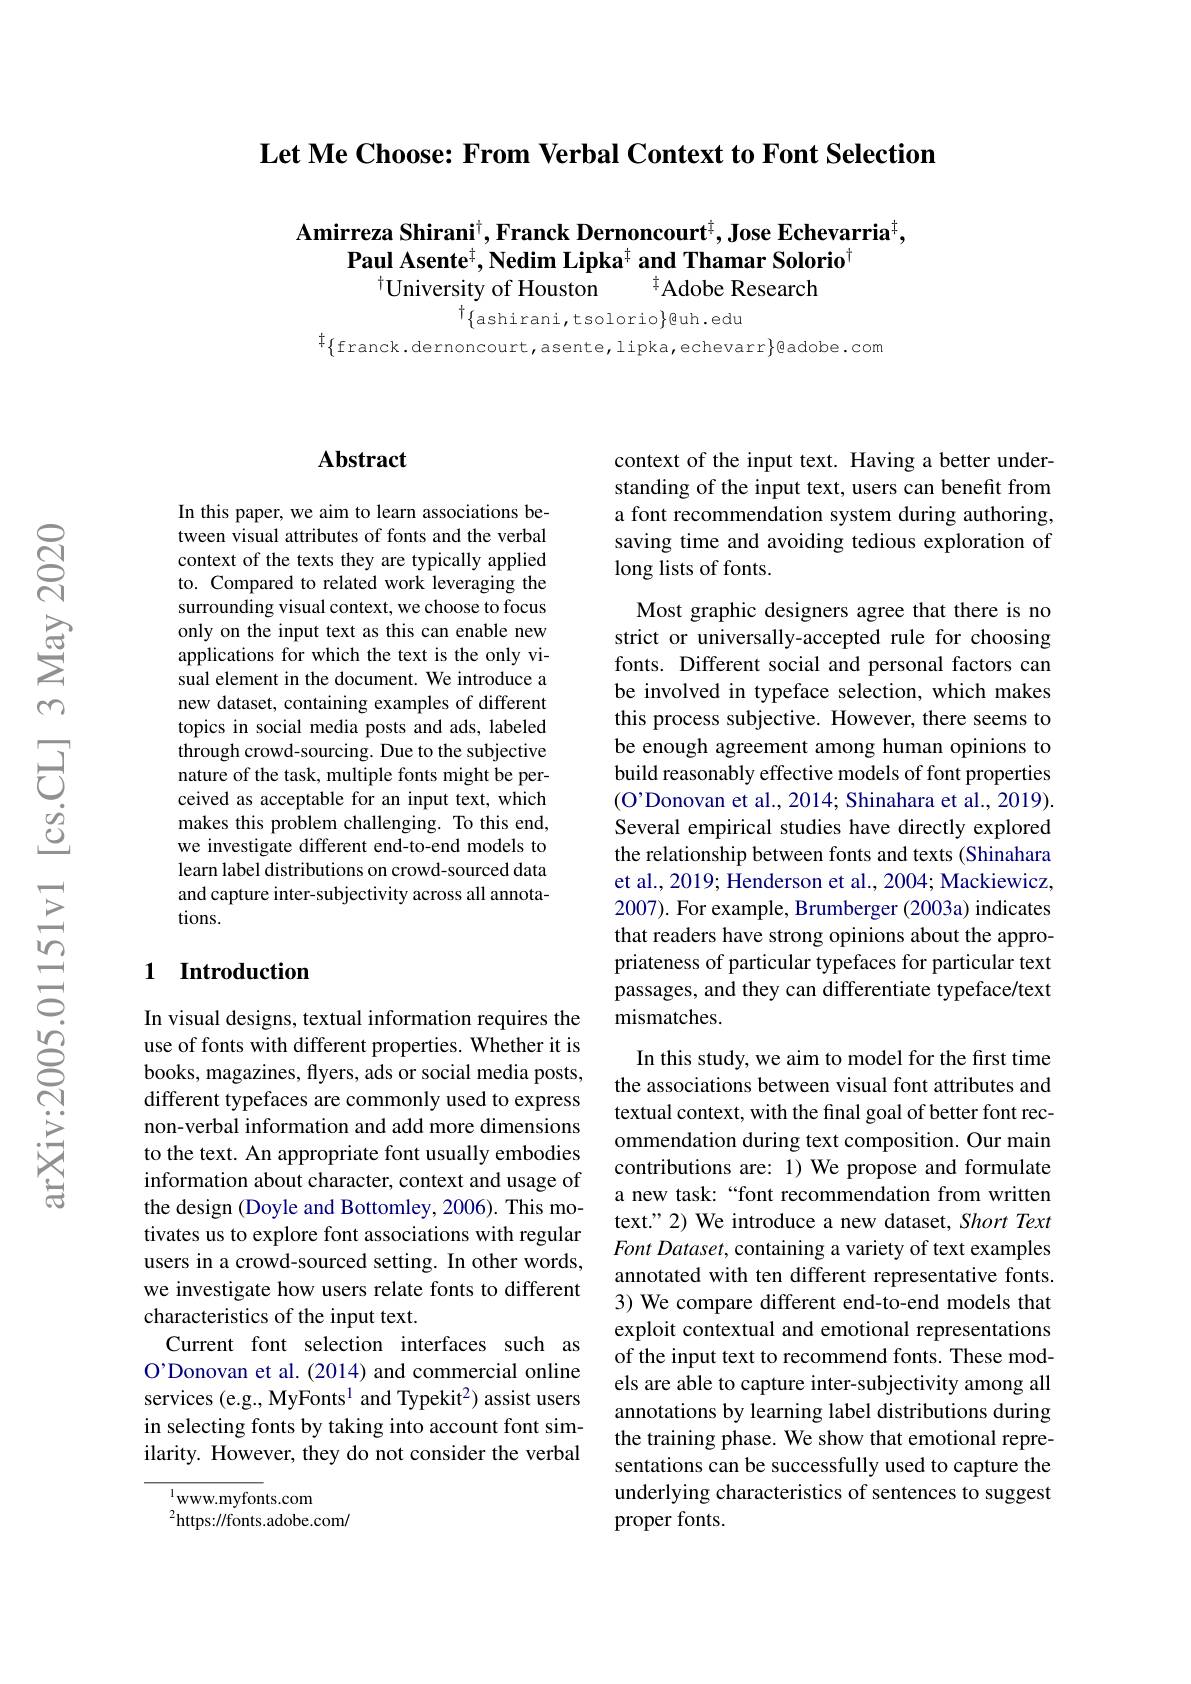
$\textbf{Let Me Choose: From Verbal Context to Font Selection}$

# Amirreza Shirani$^\dagger$,Franck Dernoncourt$^\dagger$,Jose Echevarria$^\dagger$, $\textbf{Paul Asente}^{\ddagger},\textbf{Nedim Lipka}^{\ddagger}$ and Thamar Solorio$^{[\text{Terio}]}$ $^{\dagger}$University of Houston $^{\dagger}$Adobe Research $^{\dagger}\{$ashirani,tsolorio$\}$@uh.edu

${}^{\dagger}\{$franck.dernoncourt,asente,lipka,echevarr$\}$@adobe.com

### $\mathbf{Abstract}$

In this paper, we aim to learn associations between visual attributes of fonts and the verbal context of the texts they are typically applied to. Compared to related work leveraging the surrounding visual context, we choose to focus only on the input text as this can enable new applications for which the text is the only visual element in the document. We introduce a new dataset, containing examples of different topics in social media posts and ads, labeled through crowd-sourcing. Due to the subjective nature of the task, multiple fonts might be perceived as acceptable for an input text, which makes this problem challenging. To this end, we investigate different end-to-end models to learn label distributions on crowd-sourced data and capture inter-subjectivity across all annotations.

## 1 Introduction

In visual designs, textual information requires the use of fonts with different properties. Whether it is books, magazines, flyers, ads or social media posts, different typefaces are commonly used to express non-verbal information and add more dimensions to the text. An appropriate font usually embodies information about character, context and usage of the design (Doyle and Bottomley, 2006). This motivates us to explore font associations with regular users in a crowd-sourced setting. In other words, we investigate how users relate fonts to different characteristics of the input text.
Current font selection interfaces such as O'Donovan et al. (2014) and commercial online services (e.g., MyFonts$^1$ and Typekit$^2)$ assist users in selecting fonts by taking into account font similarity. However, they do not consider the verbal

$^{1}$www.myfonts.com
$^{2}$https://fonts.adobe.com/

context of the input text. Having a better understanding of the input text, users can benefit from a font recommendation system during authoring, saving time and avoiding tedious exploration of long lists of fonts.

Most graphic designers agree that there is no strict or universally-accepted rule for choosing fonts. Different social and personal factors can be involved in typeface selection, which makes this process subjective. However, there seems to be enough agreement among human opinions to build reasonably effective models of font properties (O'Donovan et al., 2014; Shinahara et al., 2019). Several empirical studies have directly explored the relationship between fonts and texts (Shinahara et al., 2019; Henderson et al., 2004; Mackiewicz, 2007). For example, Brumberger (2003a) indicates that readers have strong opinions about the appropriateness of particular typefaces for particular text passages, and they can differentiate typeface/text mismatches.

In this study, we aim to model for the first time the associations between visual font attributes and textual context, with the final goal of better font recommendation during text composition. Our main contributions are: 1) We propose and formulate a new task:“font recommendation from written text." 2) We introduce a new dataset, Short Text Font Dataset, containing a variety of text examples annotated with ten different representative fonts. 3) We compare different end-to-end models that exploit contextual and emotional representations of the input text to recommend fonts. These models are able to capture inter-subjectivity among all annotations by learning label distributions during the training phase. We show that emotional representations can be successfully used to capture the underlying characteristics of sentences to suggest proper fonts.